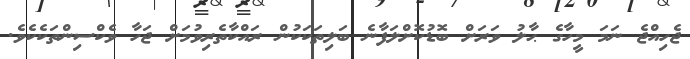
ޖެހިއްޖެ ނަމަ މީހާގެ ޙާލު ވަރަށް ބޮޑުކޮށްލަފާނެ ބަލިތަކަކުން ރައްކާތެރިވުމަށް ޖަހާ ވެކްސިންތަކެކެވެ.